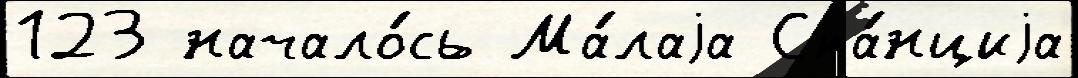
123 начало́сь Ма́лаjа Ста́нциjа